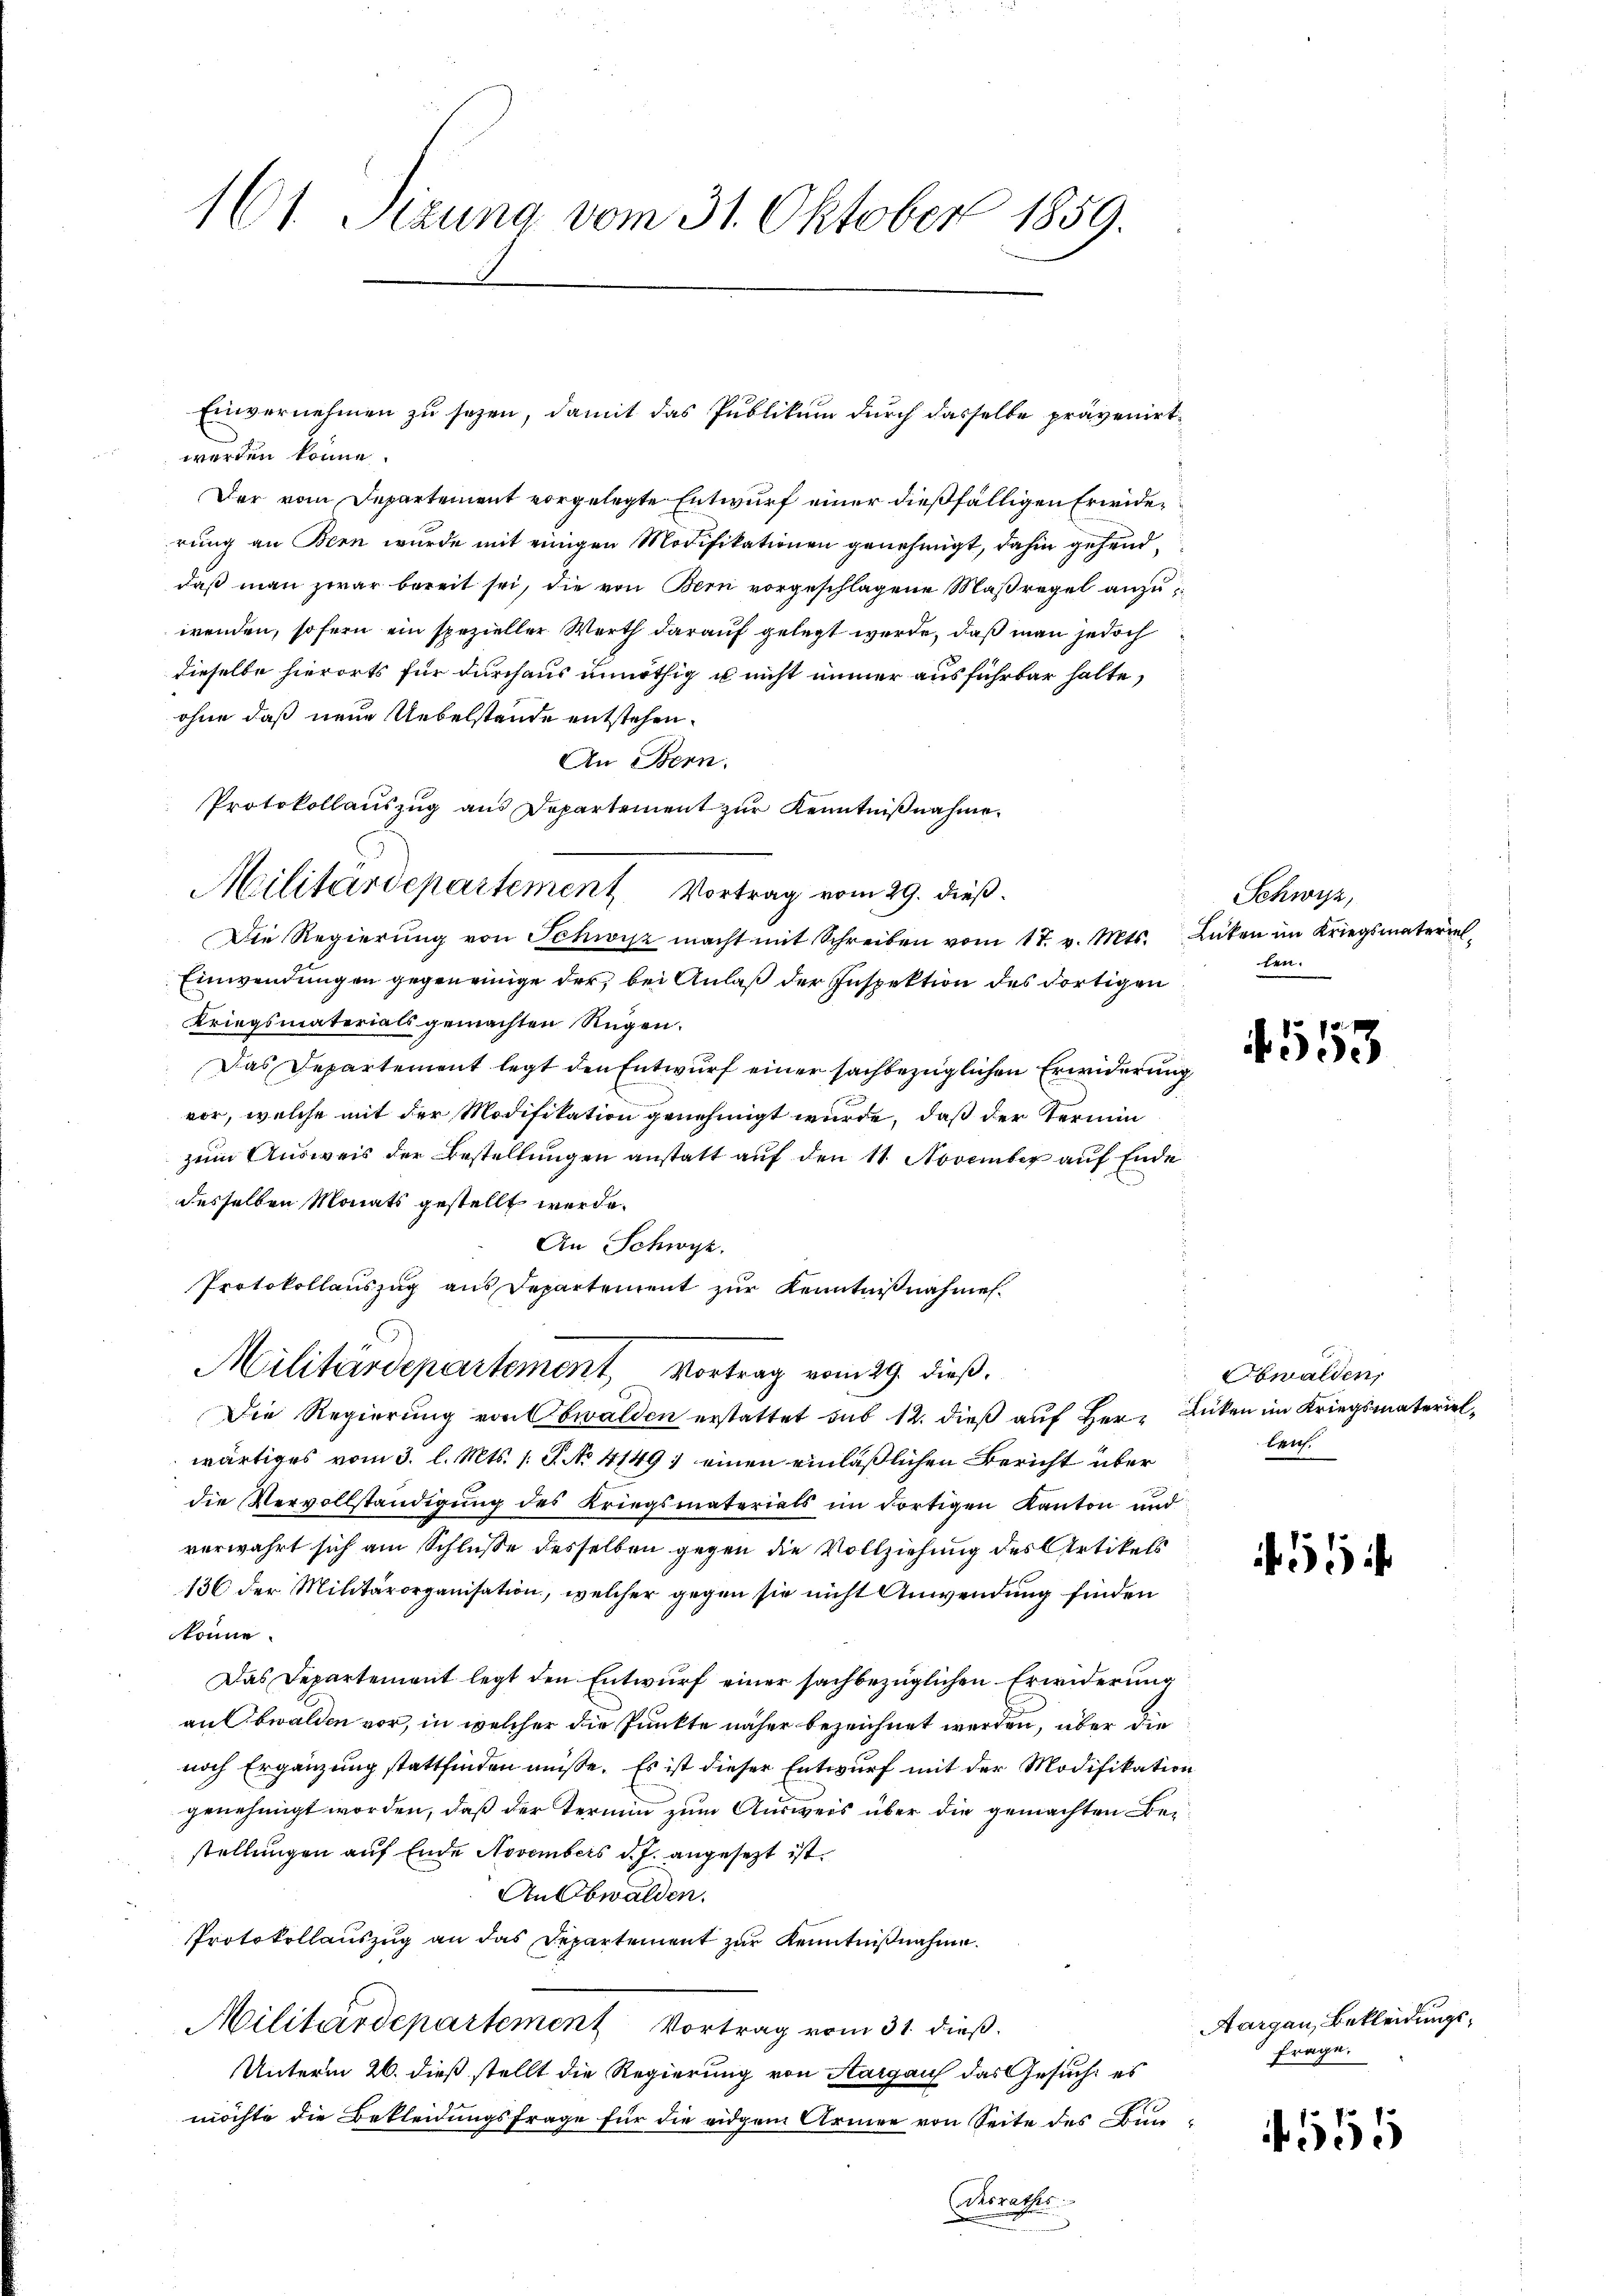
161 Sizung vom 31. Oktober 1859.

werden könne.
Der vom Departement vorgelegte Entwurf einer dießfälligen Erwiderrung an Bern wurde mit einigen Modifikationen genehmigt, dahin gehenddaß man zwar bereit sei, die von Bern vorgeschlagene Maßregel anzuwenden, sofern ein spezieller Werth darauf gelegt werde, daß man jedoch
dieselbe hierorts für durchaus unnöthig u nicht immer ausführbar halte,
ohne daß neue Uebelstande entstehen.
An Bern.
Die Regierŭng von Schwyz macht mit Schreiben vom 17. v. Mts. Lüten im Kriegsmateriet
Einwendungen gegeneinige der, bei Anlaß der Inspektion des dortigen
Kriegsmaterials gemachten Rügen.
Das Departement legt den Entwurf einer sachbezüglichen Erwiderung
vor, welche mit der Modifikation genehmigt wurde, daß der Termin
zum Ausweis der Bestellungen anstatt auf den 11. November auf Ende
desselben Monats gestellt werde.
An Schwyz.
Protokollauszug aus Departement zur Kenntnißnahmes¬
Militärdepartement, Vortrag vom 29. dieß.
Die Regierung von Obwalden erstattet sub 12. dieß auf Herr Lücken im Kriegsmaterielwärtiges vom 3. l. Mts. 1. P. No. 4149) einen einläßlichen Bericht über
die Vervollständigung des Kriegsmaterials im dortigen Kanton und
verwahrt sich am Schluße desselben gegen die Vollziehung des Artikels
136 der Militärorganisation, welcher gegen sie nicht Anwendung finden
könne.
Das Departement legt den Entwurf einer sachbezüglichen Erwiderung
an Obwalden vor, in welcher die Punkte näher bezeichnet werden, über die
noch Ergänzung stattfinden müsse. Es ist dieser Entwurf mit der Modifikation
genehmigt worden, daß der Termin zum Ausweis über die gemachten Bestellungen auf Ende Novembers d. J. angesezt ist.
An Obwalden.
Protokollauszug an das Departement zur Kenntnißnahme.
Militärdepartement Vortrag vom 31. dieß.
Unterm 26. dieß stellt die Regierung von Aargauf das Gesuch, es
möchte die Bekleidungsfrage für die eidgem Armee von Seite des Bundesrathes:

Protokollauszug aus Departement zur Kenntnißnahme.
Militärdepartement Vortrag vom 29. dieß.

Einvernehmen zu sehen, damit das Publikum durch dasselbe prävenirt,

Schwyz,
ten.

5153

Obwalden,
bens

51

Aargau, Bekleidungs¬
Frage.

555